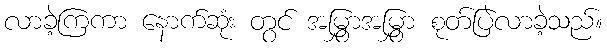
လာခဲ့ကြကာ နောက်ဆုံး တွင် အမြွှာအမြွှာ စုတ်ပြဲလာခဲ့သည်။